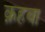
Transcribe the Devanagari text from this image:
क़हबा